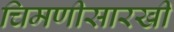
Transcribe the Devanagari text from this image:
चिमणीसारखी